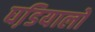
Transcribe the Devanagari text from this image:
घडि़यालों